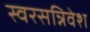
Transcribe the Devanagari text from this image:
स्वरसन्निवेश